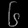
Digit: ၆